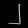
Digit: ၂